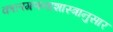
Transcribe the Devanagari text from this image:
कालगणनाशास्त्रानुसार